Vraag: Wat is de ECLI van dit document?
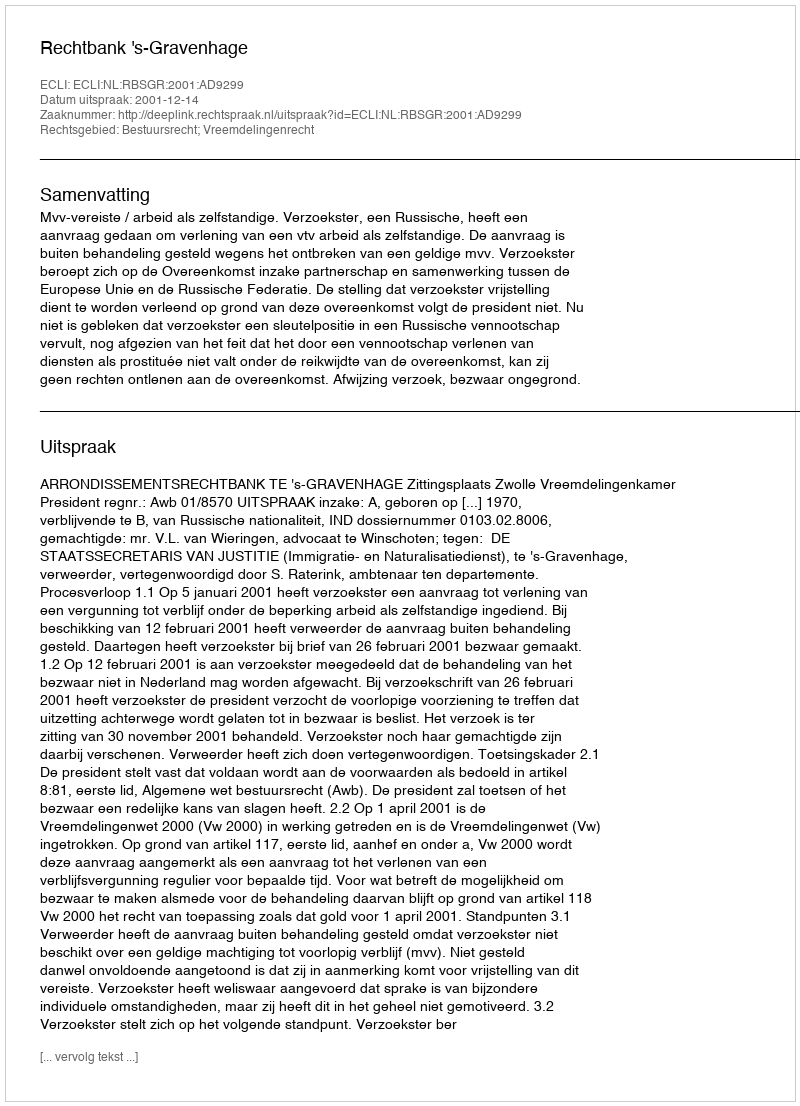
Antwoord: ECLI:NL:RBSGR:2001:AD9299